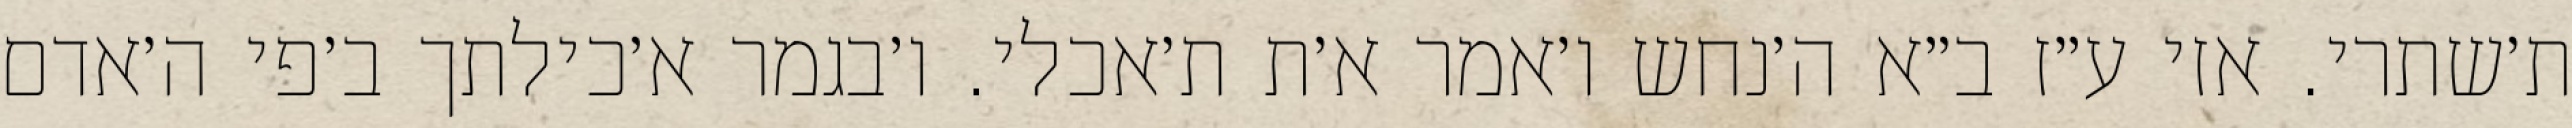
ת׳שתרי. אזי ע״ז ב״א ה׳נחש ו׳אמר א׳ת ת׳אכלי. ו׳בגמר א׳כילתך ב׳פי ה׳אדם